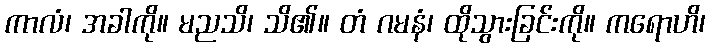
ကာလံ၊ အခါကို။ မညသိ၊ သိ၏။ တံ ဂမနံ၊ ထိုသွားခြင်းကို။ ကရောဟိ၊